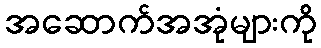
အဆောက်အအုံများကို